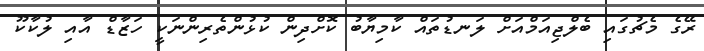
ރޭގެ މެޗުގައި ބެލްޖިއަމްއަށް ލަނޑުތައް ކާމިޔާބު ކޮށްދިން ކުޅުންތެރިންނަކީ ހަޒާޑް އާއި ލުކާކޫ